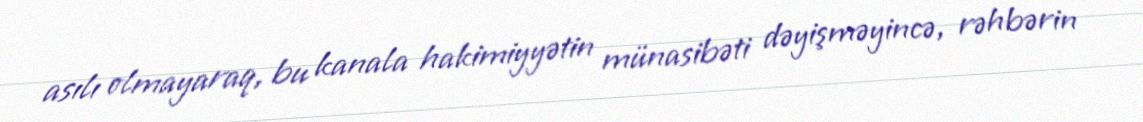
asılı olmayaraq, bu kanala hakimiyyətin münasibəti dəyişməyincə, rəhbərin